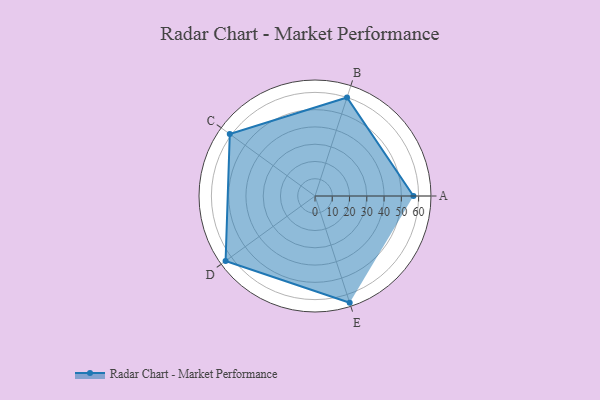
{"axis": {"x": "Skill", "y": "Score"}, "legend": ["Profile"], "data": [{"x": "A", "y": 57.0, "type": "Profile"}, {"x": "B", "y": 60.0, "type": "Profile"}, {"x": "C", "y": 61.0, "type": "Profile"}, {"x": "D", "y": 64.0, "type": "Profile"}, {"x": "E", "y": 65.0, "type": "Profile"}]}